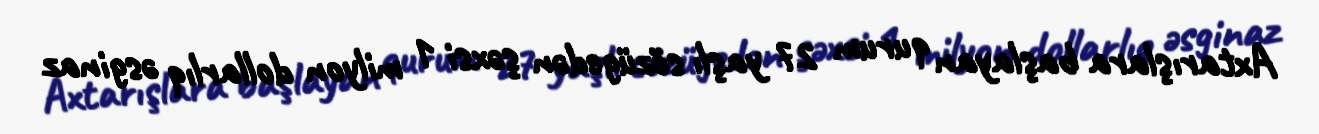
Axtarışlara başlayan qurum 27 yaşlı sözügedən şəxsi 1 milyon dollarlıq əsginaz